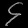
Digit: ၄